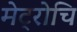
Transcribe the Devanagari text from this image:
मेट्रोचि